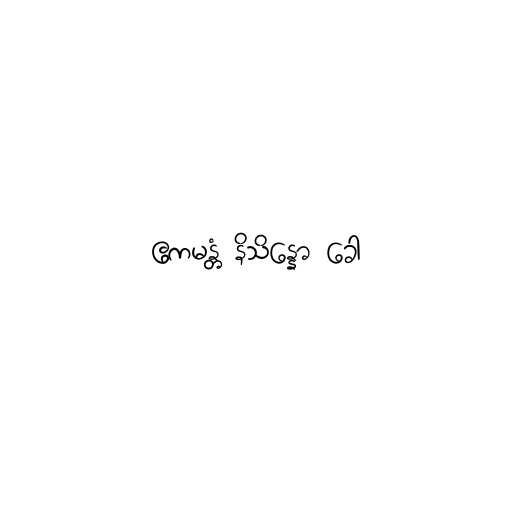
ဧကမန္တံ နိသိန္နော ခေါ